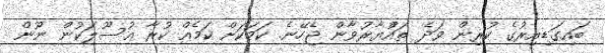
ބައިގަޑިއިރުގެ ކުރިން ވަދެ ތައްުޔާރުވާން ޖެހޭނެ. ކަމަކަށް ކަމެއް ކުރާ އުސޫލަކުން ނޫން